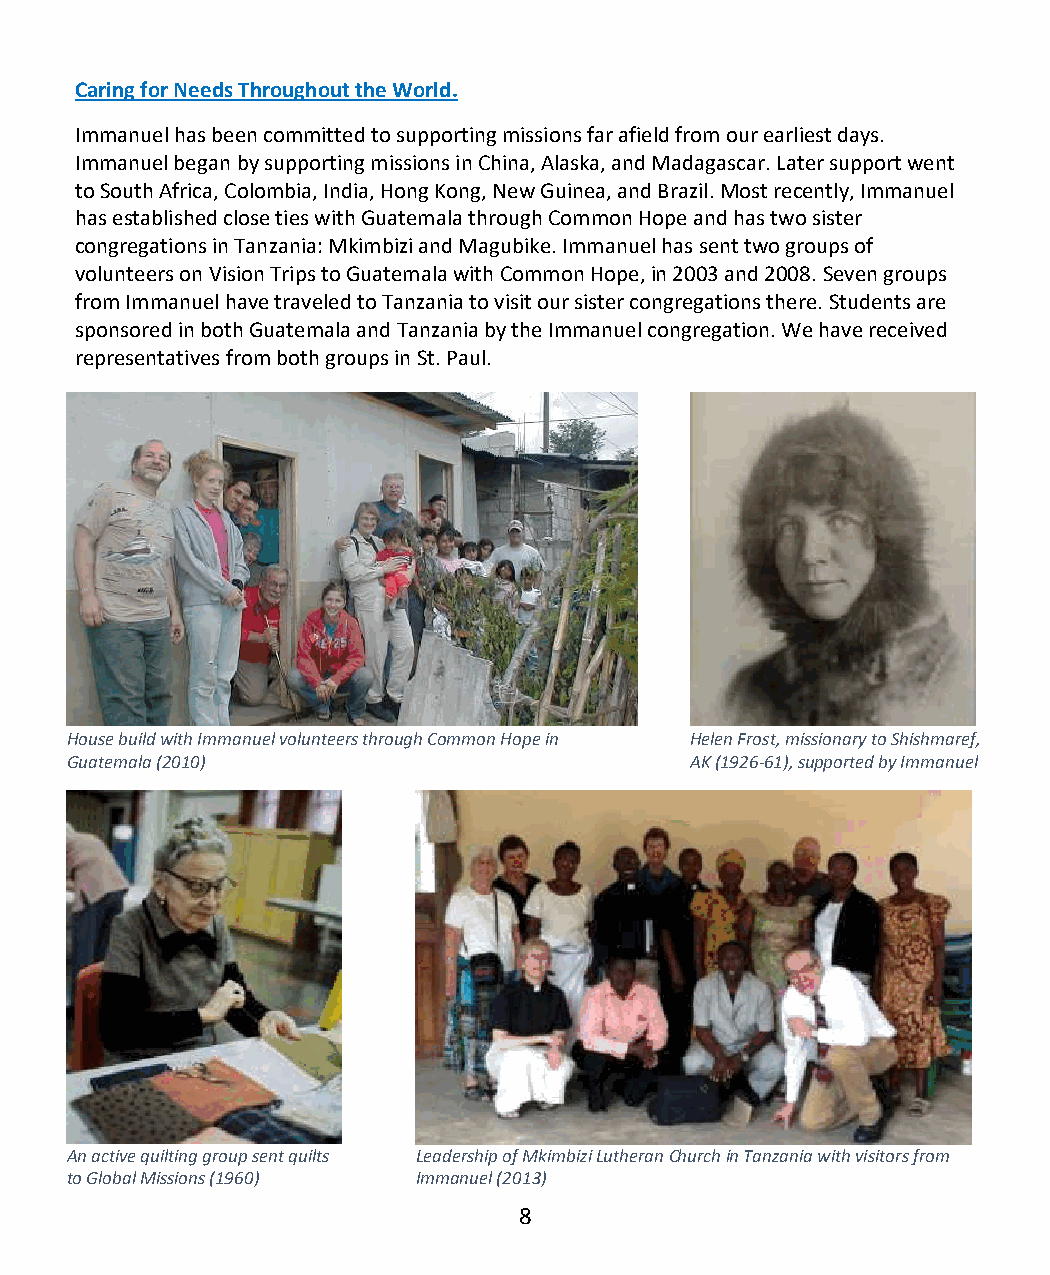
Caring for Needs Throughout the World.
 Immanuel has been committed to supporting missions far afield from our earliest days.
 Immanuel began by supporting missions in China, Alaska, and Madagascar. Later support went
 to South Africa, Colombia, India, Hong Kong, New Guinea, and Brazil. Most recently, Immanuel
 has established close ties with Guatemala through Common Hope and has two sister
 congregations in Tanzania: Mkimbizi and Magubike. Immanuel has sent two groups of
 volunteers on Vision Trips to Guatemala with Common Hope, in 2003 and 2008. Seven groups
 from Immanuel have traveled to Tanzania to visit our sister congregations there. Students are
 sponsored in both Guatemala and Tanzania by the Immanuel congregation. We have received
 representatives from both groups in St. Paul.
 House build with Immanuel volunteers through Common Hope in Helen Frost, missionary to Shishmaref,
 Guatemala (2010)                          AK (1926-61), supported by Immanuel
 An active quilting group sent quilts Leadership of Mkimbizi Lutheran Church in Tanzania with visitors from
 to Global Missions (1960) Immanuel (2013)
 8